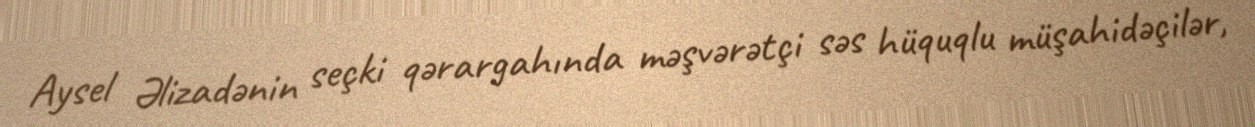
Aysel Əlizadənin seçki qərargahında məşvərətçi səs hüquqlu müşahidəçilər,